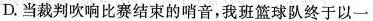
D.当裁判吹响比赛结束的哨音，我班篮球队终于以一